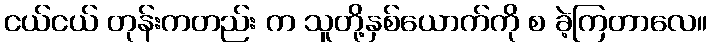
ငယ်ငယ် တုန်းကတည်း က သူတို့နှစ်ယောက်ကို စ ခဲ့ကြတာလေ။